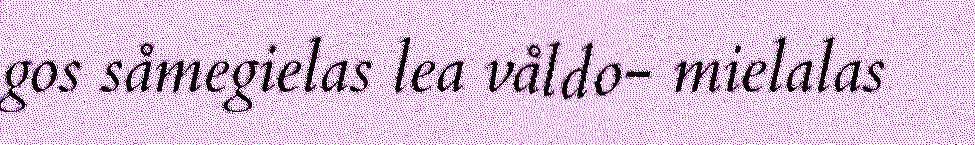
gos såmegielas lea våldo- mielalas